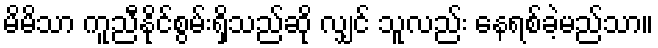
မိမိသာ ကူညီနိုင်စွမ်းရှိသည်ဆို လျှင် သူလည်း နေရစ်ခဲ့မည်သာ။